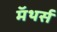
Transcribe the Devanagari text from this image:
मॅथर्स